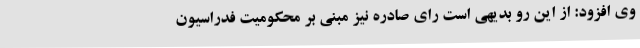
وی افزود: از این رو بدیهی است رای صادره نیز مبنی بر محکومیت فدراسیون